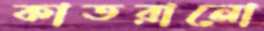
কাতরানো